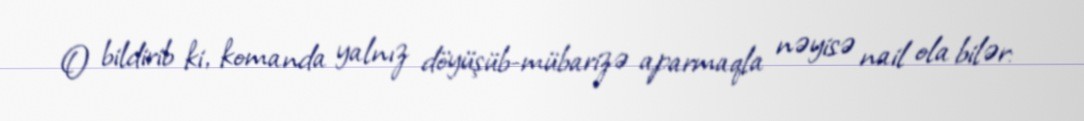
O bildirib ki, komanda yalnız döyüşüb-mübarizə aparmaqla nəyisə nail ola bilər: